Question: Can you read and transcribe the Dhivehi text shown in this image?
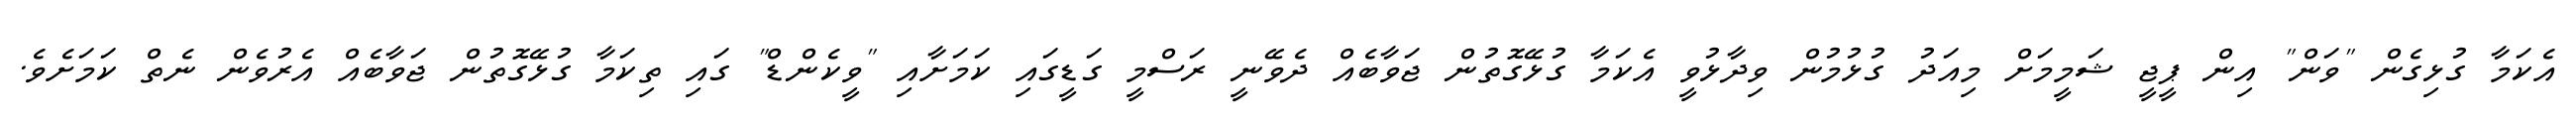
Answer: އެކަމާ ގުޅިގެން "ވަން" އިން ޕީޖީ ޝަމީމަށް މިއަދު ގުޅުމުން ވިދާޅުވީ އެކަމާ ގުޅޭގޮތުން ޖަވާބެއް ދެވޭނީ ރަސްމީ ގަޑީގައި ކަމަށާއި "ވީކެންޑް" ގައި ތިކަމާ ގުޅޭގޮތުން ޖަވާބެއް އެރުވެން ނެތް ކަމަށެވެ.